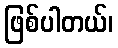
ဖြစ်ပါတယ်၊